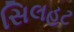
સિલહટ